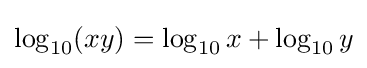
\log _{10}(xy)=\log _{10}x+\log _{10}y